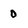
Character: D